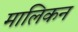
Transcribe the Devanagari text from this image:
मालिकन